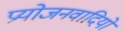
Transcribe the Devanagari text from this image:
प्रयोजनवादियों